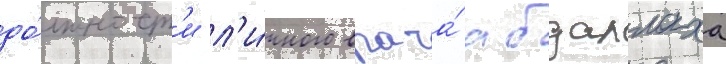
до́лжност'и л'и́чного врача́ абдаллаха